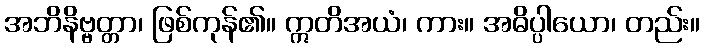
အဘိနိဗ္ဗတ္တာ၊ ဖြစ်ကုန်၏။ ဣတိအယံ၊ ကား။ အဓိပ္ပါယော၊ တည်း။